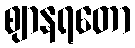
ဈာနရတော